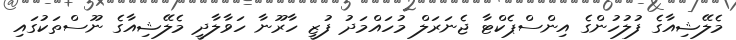
މެލޭޝިއާގެ ފުލުހުންގެ އިންސްޕެކްޓާ ޖެނަރަލް މުހައްމަދު ފުޒީ ހާރޫނާ ހަވާލާދީ މެލޭޝިއާގެ ނޫސްތަކުގައި